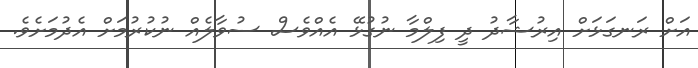
އަށް ރަނގަޅަށް އިރުޝާދު ދީ ފިލްމާ ނުގުޅޭ އެއްވެސް ސުވާލެއް ނުކުރުމަށް އެދުމަށެވެ.